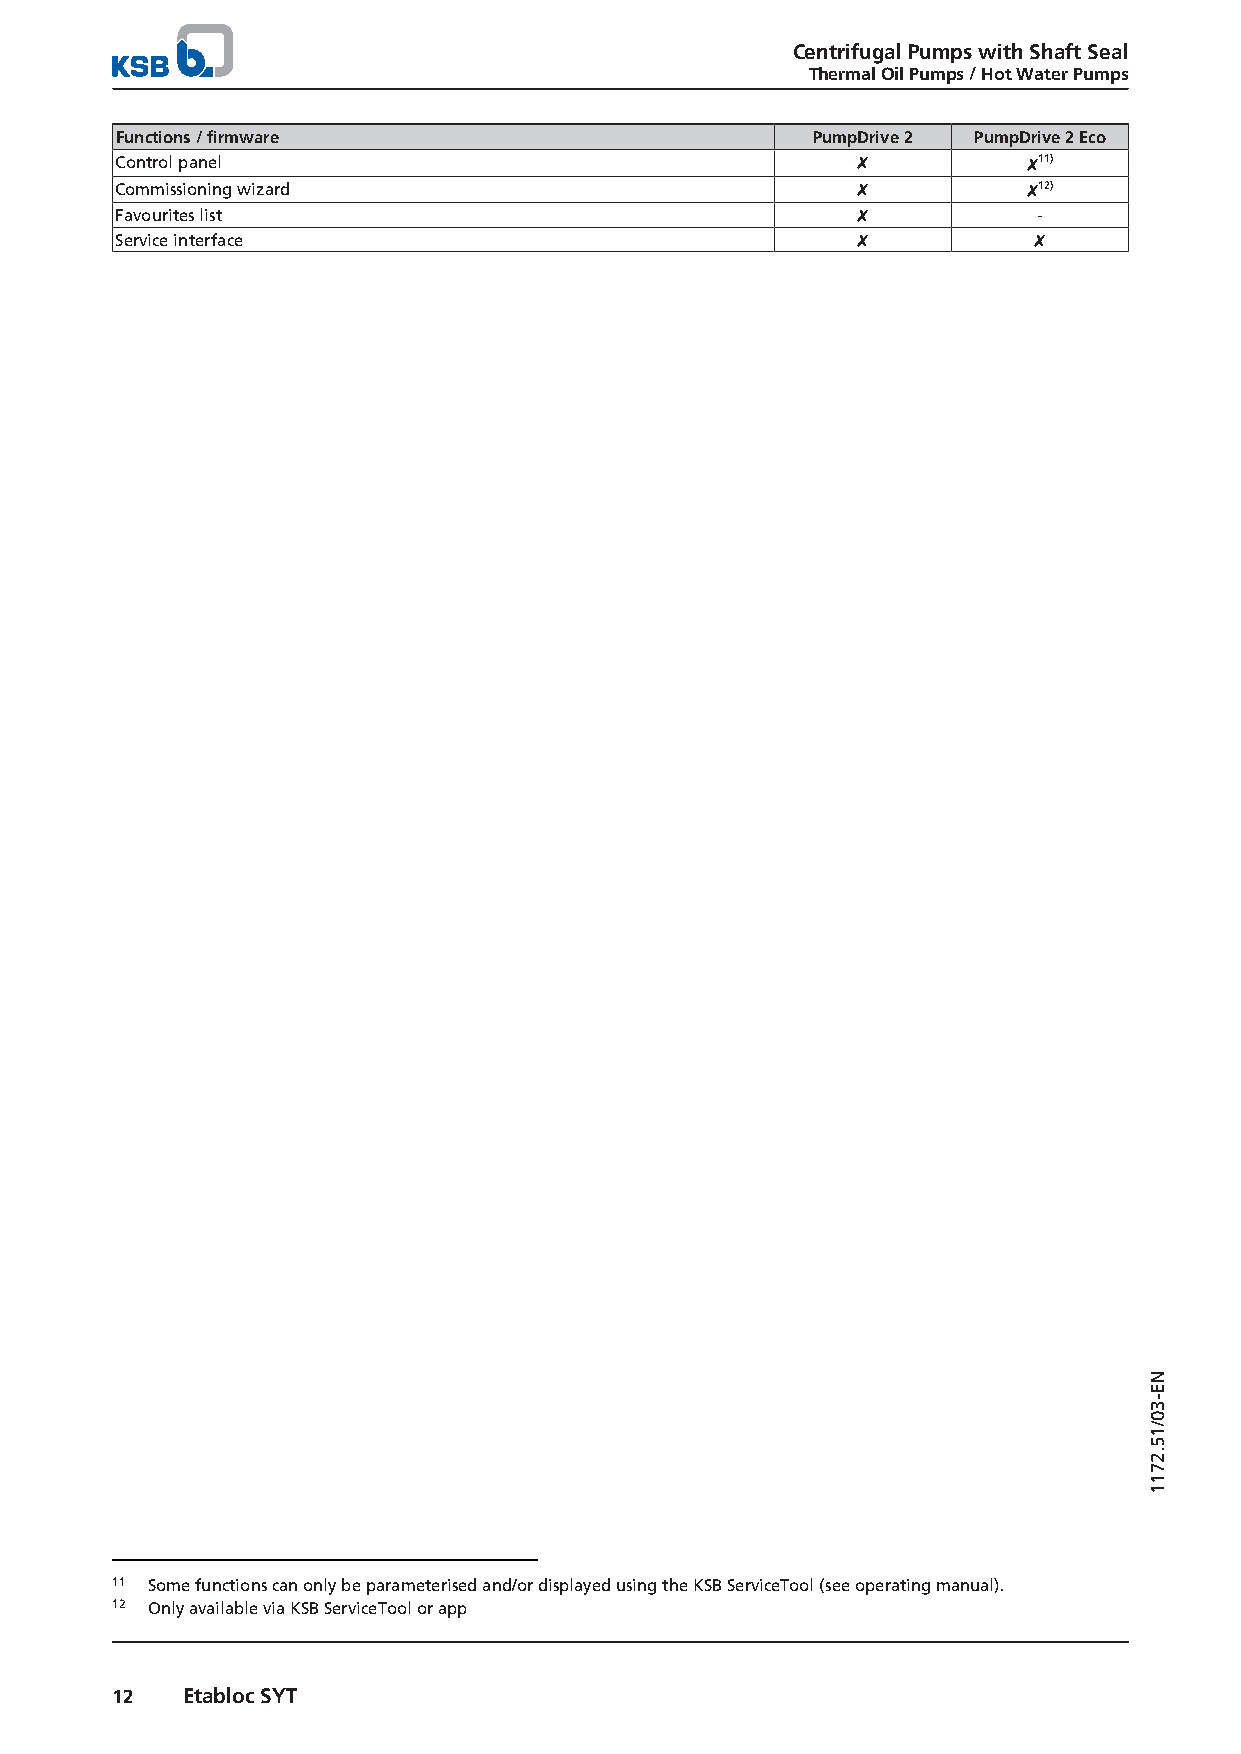
Centrifugal Pumps with Shaft Seal
 Thermal Oil Pumps / Hot Water Pumps
 Functions / firmware                          PumpDrive 2 PumpDrive 2 Eco
 Control panel                                    ✘          ✘11)
 Commissioning wizard                             ✘          ✘12)
 Favourites list                                  ✘           -
 Service interface                                ✘          ✘
 11 Some functions can only be parameterised and/or displayed using the KSB ServiceTool (see operating manual).
 12 Only available via KSB ServiceTool or app
 12   Etabloc SYT
 NE-30/15.2711